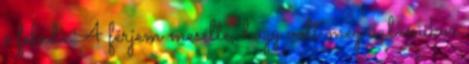
s felad. A férjem mesélte, hogy volt még valamikor